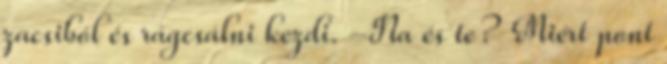
zacsiból és rágcsálni kezdi. -Na és te? Miért pont